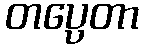
တပ္ပေတာ